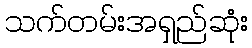
သက်တမ်းအရှည်ဆုံး